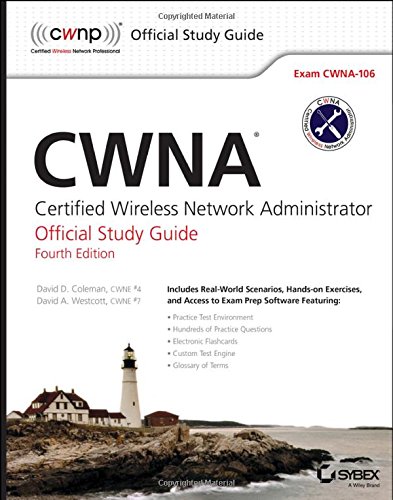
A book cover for CWNA: Certified Wireless Network Administrator Official Study Guide: Exam CWNA-106; David D. Coleman; Computers & Technology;